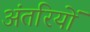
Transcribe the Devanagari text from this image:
अंतरियों